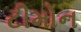
ટીમોન